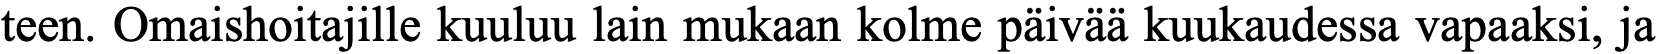
teen. Omaishoitajille kuuluu lain mukaan kolme päivää kuukaudessa vapaaksi, ja